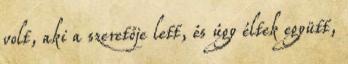
volt, aki a szeretője lett, és úgy éltek együtt,